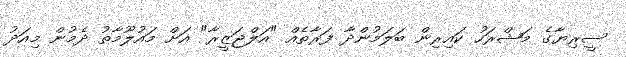
ސީރިޔާގެ މަޝްރަހު ކައިރިން ބަލަމުންދާ ފަރާތެއް "އަލްޖަޒީރާ" އަށް މައުލޫމާތު ދެމުން މިއަދު